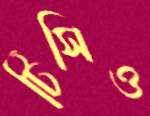
টিসিও